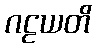
ဂဠယတိ